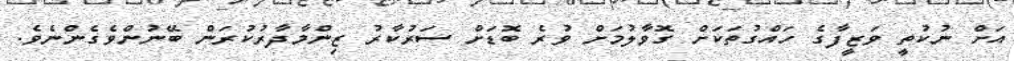
އަށް ނުކުތީ ވަޒީފާގެ ހައްގުތަކަށް ގޮވާލުމަށް ވުރެ ބޮޑަށް ސަރުކާރު ޒިންމާދާރުކުރަން ބޭނުންވެގެންނެވެ.